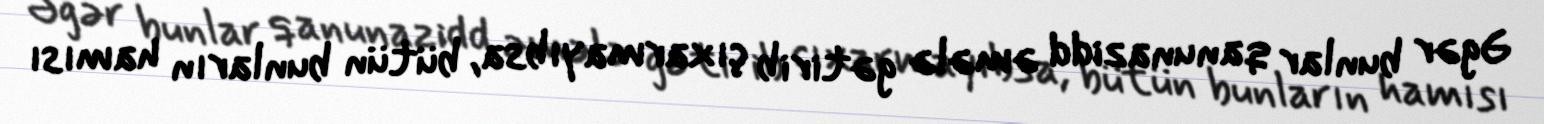
Əgər bunlar qanunazidd əmələ gətirib çıxarmayıbsa, bütün bunların hamısı